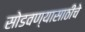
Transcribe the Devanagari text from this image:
सोडवण्यासाठीचे